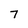
Character: 7